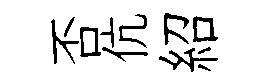
否伉紹